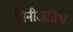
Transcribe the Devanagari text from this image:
गिनीजविश्व